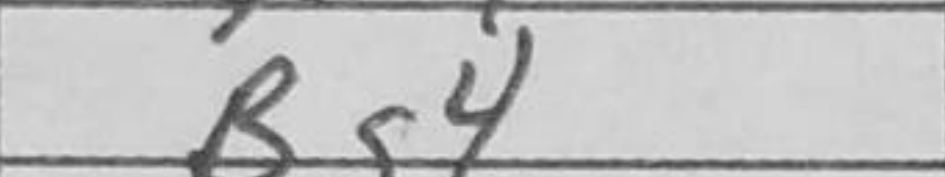
Transcription: Bg4